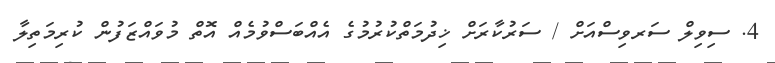
4. ސިވިލް ސަރވިސްއަށް / ސަރުކާރަށް ޚިދުމަތްކުރުމުގެ އެއްބަސްވުމެއް އޮތް މުވައްޒަފުން ކުރިމަތިލާ